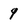
Character: 9